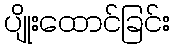
ပျိုးထောင်ခြင်း